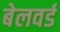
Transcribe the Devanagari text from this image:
बेलवर्ड